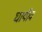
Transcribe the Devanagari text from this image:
घायीवं